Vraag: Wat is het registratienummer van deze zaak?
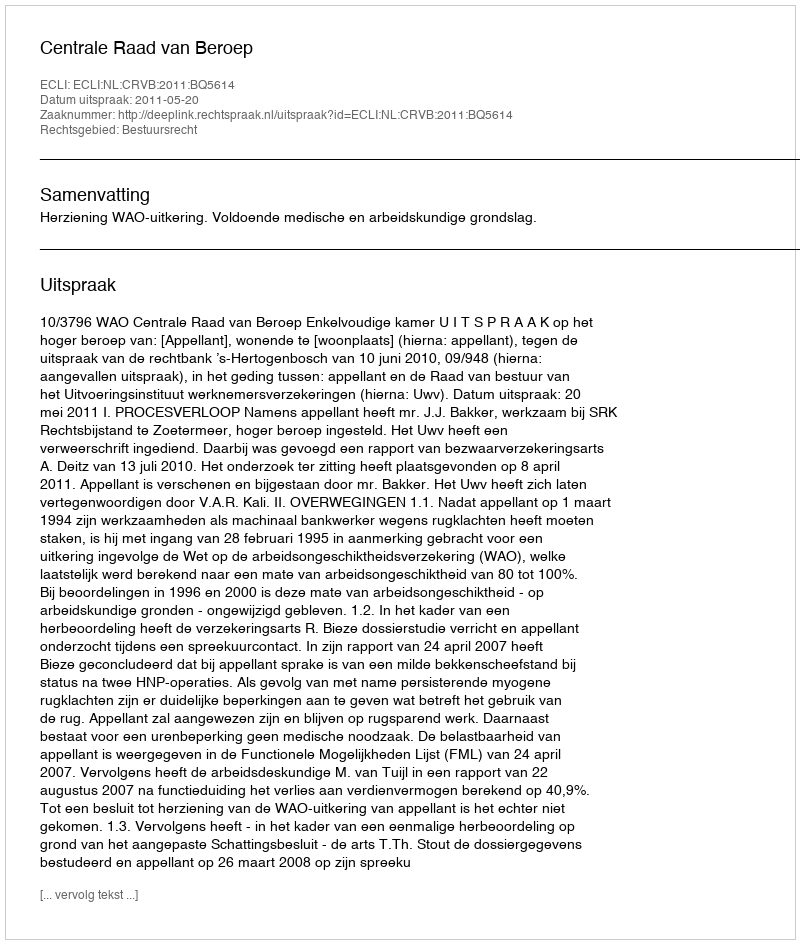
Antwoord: http://deeplink.rechtspraak.nl/uitspraak?id=ECLI:NL:CRVB:2011:BQ5614